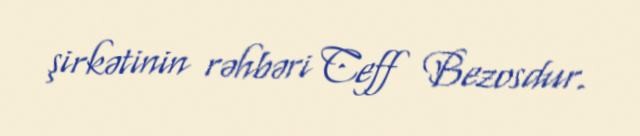
şirkətinin rəhbəri Ceff Bezosdur.